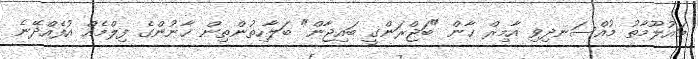
މައުލޫމާތު މުއްސަނދިވި އާމިރް ޚާން "ބަޖްރަންގީ ބައިޖާން" ބަލާހިތުންތިން ޚާނުންގެ ފިލްމެއް އުފެއްދޭނެ